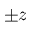
\pm z